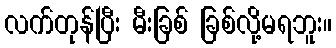
လက်တုန်ပြီး မီးခြစ် ခြစ်လို့မရဘူး။